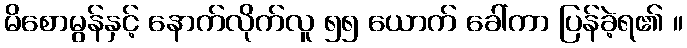
မိစောမွန်နှင့် နောက်လိုက်လူ ၅၅ ယောက် ခေါ်ကာ ပြန်ခဲ့ရ၏ ။